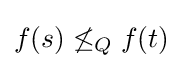
f(s)\not \leq _{Q}f(t)